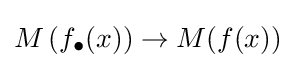
M\left(f_{\bullet }(x)\right)\to M(f(x))